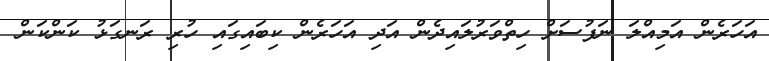
އަހަރެން އަމިއްލަ ނަފުސަށް ހިތްވަރުލައިދެން އަދި އަހަރެން ކިބައިގައި ހުރި ރަނގަޅު ކަންކަން